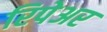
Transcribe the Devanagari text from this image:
रिपेअर